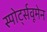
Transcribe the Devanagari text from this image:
स्पोर्ट्सवूमेन